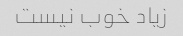
زیاد خوب نیست